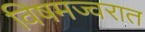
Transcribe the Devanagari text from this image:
विषमज्वरात